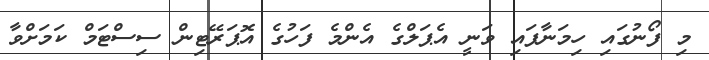
މި ފޯނުގައި ހިމަނާފައި ވަނީ އެޕަލްގެ އެންމެ ފަހުގެ އޮޕަރޭޓިން ސިސްޓަމް ކަމަށްވާ